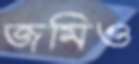
জমিও